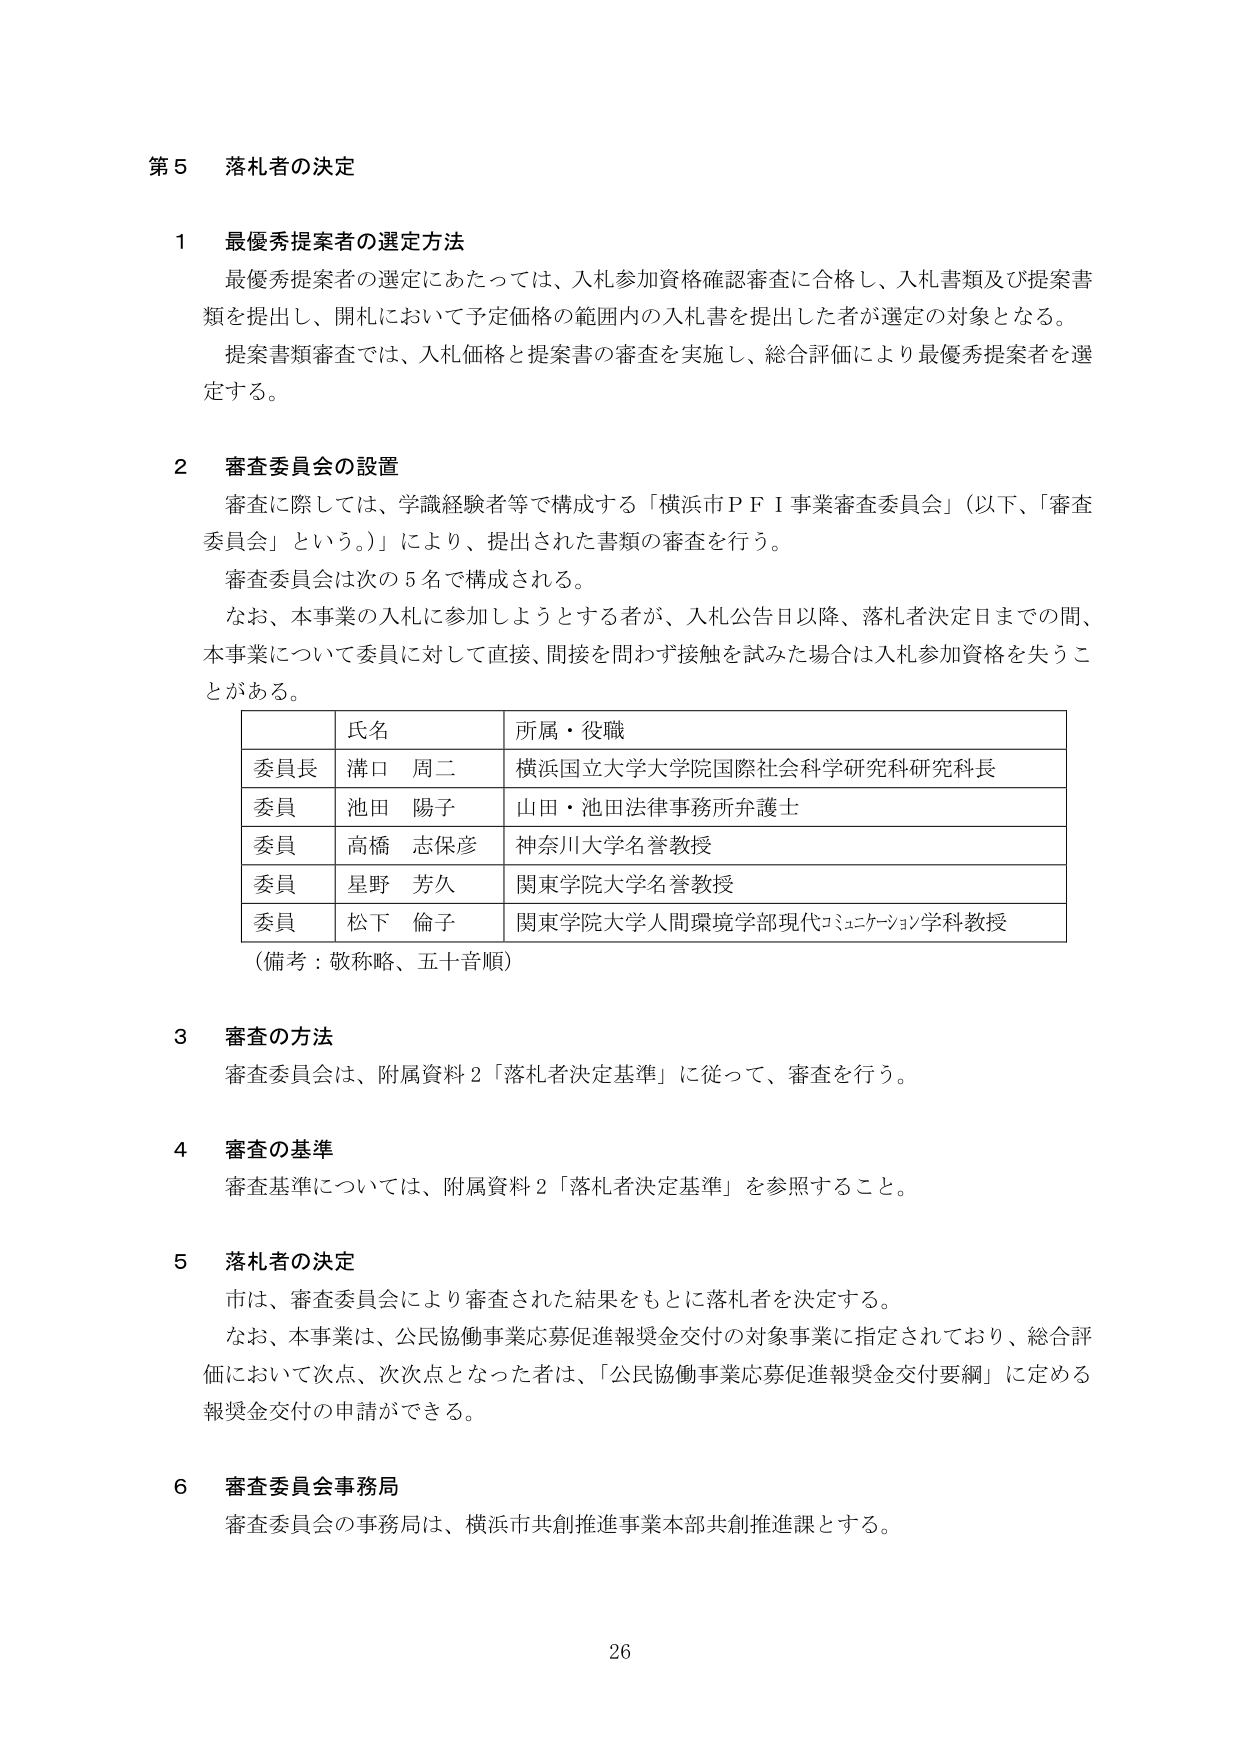
第５ 落札者の決定

１ 最優秀提案者の選定方法
最優秀提案者の選定にあたっては、入札参加資格確認審査に合格し、入札書類及び提案書類を提出し、開札において予定価格の範囲内の入札書を提出した者が選定の対象となる。
提案書類審査では、入札価格と提案書の審査を実施し、総合評価により最優秀提案者を選定する。

２ 審査委員会の設置
審査に際しては、学識経験者等で構成する「横浜市ＰＦＩ事業審査委員会」（以下、「審査委員会」という。）により、提出された書類の審査を行う。
審査委員会は次の５名で構成される。
なお、本事業の入札に参加しようとする者が、入札公告日以降、落札者決定日までの間、本事業について委員に対して直接、間接を問わず接触を試みた場合は入札参加資格を失うことがある。

| | 氏名 | 所属・役職 |
|---|---|---|
| 委員長 | 溝口 周二 | 横浜国立大学大学院国際社会科学研究科研究科長 |
| 委員 | 池田 陽子 | 山田・池田法律事務所弁護士 |
| 委員 | 高橋 志保彦 | 神奈川大学名誉教授 |
| 委員 | 星野 芳久 | 関東学院大学名誉教授 |
| 委員 | 松下 倫子 | 関東学院大学人間環境学部現代コミュニケーション学科教授 |

（備考：敬称略、五十音順）

３ 審査の方法
審査委員会は、附属資料２「落札者決定基準」に従って、審査を行う。

４ 審査の基準
審査基準については、附属資料２「落札者決定基準」を参照すること。

５ 落札者の決定
市は、審査委員会により審査された結果をもとに落札者を決定する。
なお、本事業は、公民協働事業応募促進報奨金交付の対象事業に指定されており、総合評価において次点、次次点となった者は、「公民協働事業応募促進報奨金交付要綱」に定める報奨金交付の申請ができる。

６ 審査委員会事務局
審査委員会の事務局は、横浜市共創推進事業本部共創推進課とする。

26